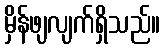
မှိန်ဖျလျက်ရှိသည်။